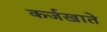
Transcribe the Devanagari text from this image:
कर्जखाते